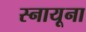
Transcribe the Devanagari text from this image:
स्नायूना